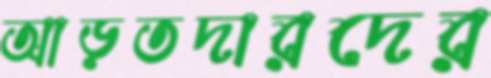
আড়তদারদের